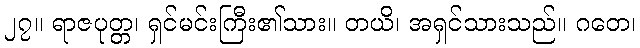
၂၇။ ရာဇပုတ္တ၊ ရှင်မင်းကြီး၏သား။ တယိ၊ အရှင်သားသည်။ ဂတေ၊